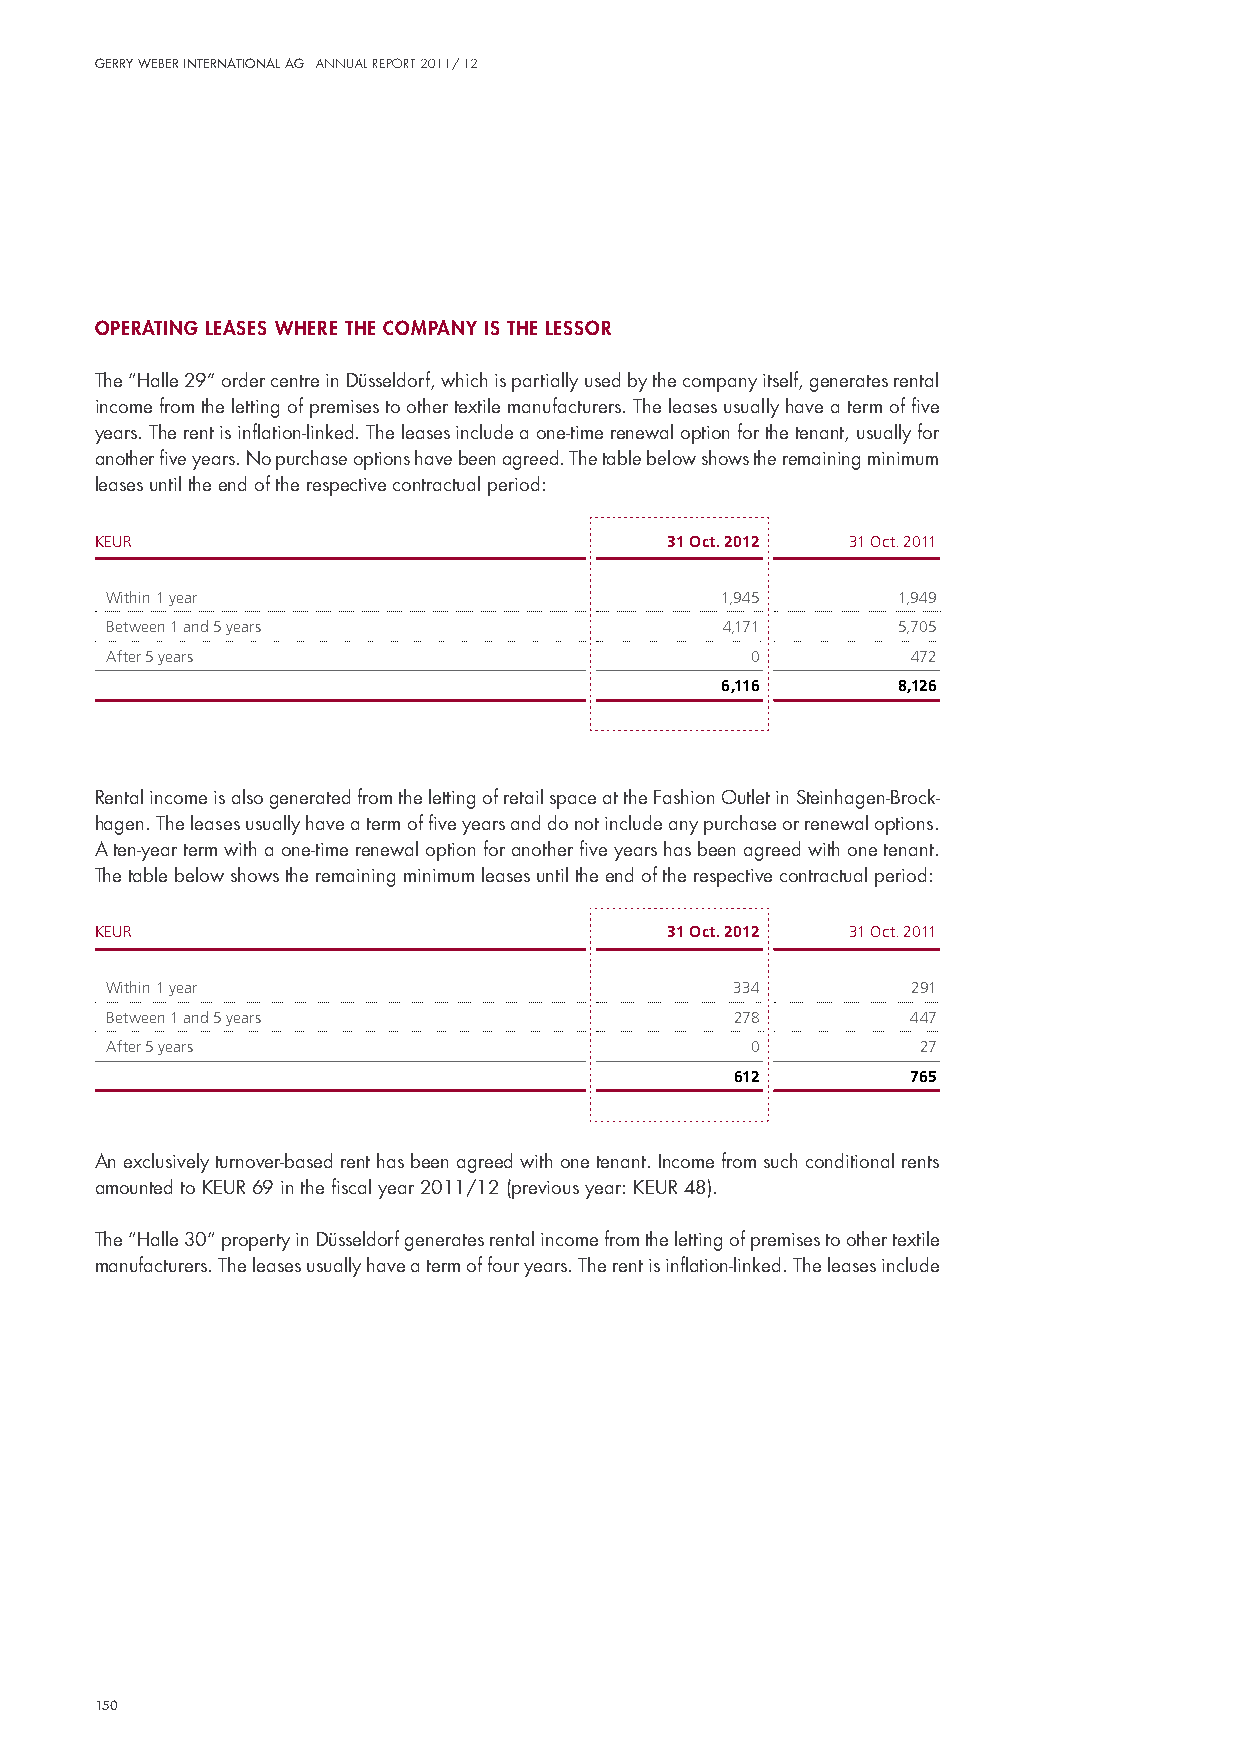
Gerry Weber InternatIonal aG annual report 2011/ 12
 operatIng leases where the company Is the lessor
 The “halle 29” order centre in düsseldorf, which is partially used by the company itself, generates rental
 income from the letting of premises to other textile manufacturers. The leases usually have a term of five
 years. The rent is inflation-linked. The leases include a one-time renewal option for the tenant, usually for
 another five years. no purchase options have been agreed. The table below shows the remaining minimum
 leases until the end of the respective contractual period:
 KEUR                                  31 Oct. 2012 31 Oct. 2011
 Within 1 year                            1,945      1,949
 Between 1 and 5 years                    4,171      5,705
 After 5 years                              0         472
 6,116      8,126
 Rental income is also generated from the letting of retail space at the Fashion outlet in steinhagen-Brock-
 hagen. The leases usually have a term of five years and do not include any purchase or renewal options.
 A ten-year term with a one-time renewal option for another five years has been agreed with one tenant.
 The table below shows the remaining minimum leases until the end of the respective contractual period:
 KEUR                                  31 Oct. 2012 31 Oct. 2011
 Within 1 year                            334         291
 Between 1 and 5 years                     278        447
 After 5 years                              0          27
 612        765
 An exclusively turnover-based rent has been agreed with one tenant. income from such conditional rents
 amounted to KeuR 69 in the fiscal year 2011/12 (previous year: KeuR 48).
 The “halle 30“ property in düsseldorf generates rental income from the letting of premises to other textile
 manufacturers. The leases usually have a term of four years. The rent is inflation-linked. The leases include
 150